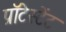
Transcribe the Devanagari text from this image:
प्रॉटेस्टेंट